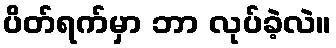
ပိတ်ရက်မှာ ဘာ လုပ်ခဲ့လဲ။